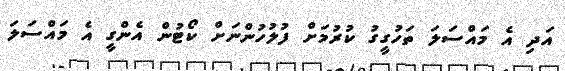
އަދި އެ މައްސަލަ ތަހުގީގު ކުރުމަށް ފުލުހުންނަށް ކޯޓުން އެންގީ އެ މައްސަލަ